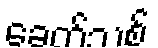
ခေတ်သစ်